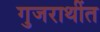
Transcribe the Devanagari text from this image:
गुजराथींत